Annual vaccination report of Bihar and Orissa - 1911-1928
Year: 1911
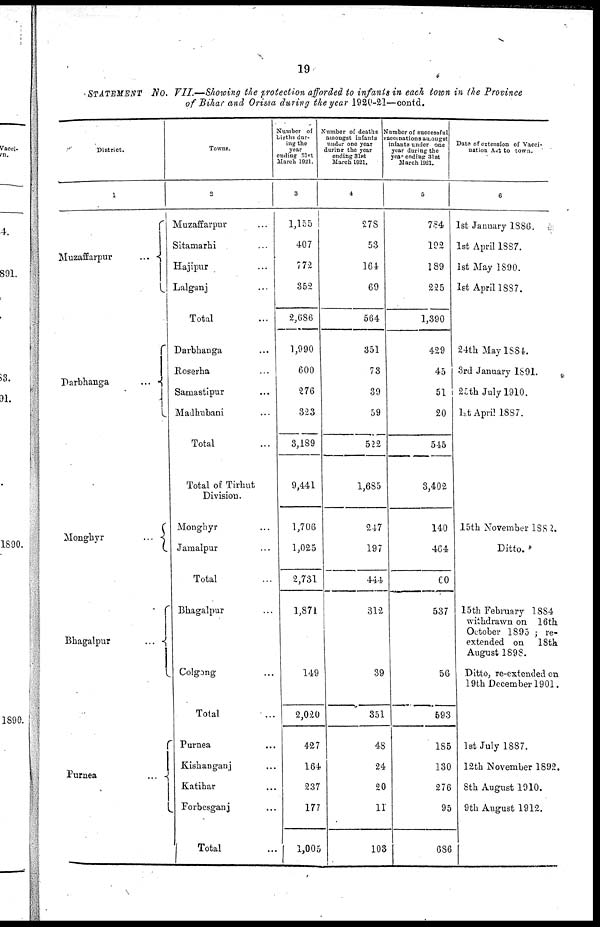
19
STATEMENT No. VII.—Showing the protection afforded to infants in each town in the Province
of Bihar and Orissa during the year 1920-21—contd.
District.
1
Muzaffarpur...
...
Darbhanga...
...
Monghyr
...
Bhagalpur...
Purnea
...
...
Towns.
2
Muzaffarpur... ...
Sitamarhi... ...
Hajipur... ...
Lalganj... ...
Total...
Darbhanga... ...
Roserha... ...
Samastipur... ...
Madhubani... ...
Total...
Total of Tirhut
Division.
Monghyr... ...
Jamalpur... ...
Total...
Bhagalpur... ...
Colgong... ...
Total...
Purnea...
Kishanganj ... ...
Katihar... ...
Forbesganj... ...
Total...
Number of
births dur-
ing the
year
ending 31st
March 1921.
3
1,155
407
772
352
2,686
1,990
600
276
323
3,189
9,441
1,706
1,025
2,731
1,871
149
2,020
427
164
237
177
1,005
Number of deaths
amongst infants
under one year
during the year
ending 31st
March 1921.
4
278
53
164
69
564
351
73
39
59
522
1,685
247
197
444
312
39
351
48
24
20
11
103
Number of successful
vaccinations amongst
infants under one
year during the
year ending 31st
March 1921.
5
784
192
189
225
1,390
429
45
51
20
545
3,402
140
464
60
537
56
593
185
130
276
95
686
Date of extension of Vacci-
nation Act to town.
6
1st January 1886.
1st April 1887.
1st May 1890.
1st April 1887.
24th May 1884.
3rd January 1891.
25th July 1910.
1st April 1887.
15th November 1882.
Ditto. *
15th February 1884
withdrawn on 16th
October 1895 ; re-
extended on 18th
August 1898.
Ditto, re-extended on
19th December 1901.
1st July 1887.
12th November 1892.
8th August 1910.
9th August 1912.